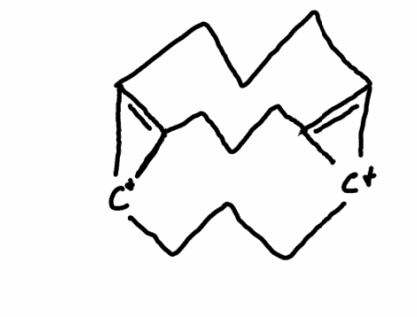
Simplified molecular-input line-entry system (SMILES) notation of the given molecule:
C1CC2=C3[C+]2CCC[C+]4C(=C4CCC3)C1